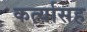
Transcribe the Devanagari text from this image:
कर्त्यासह